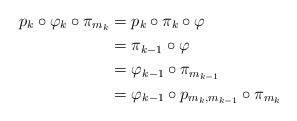
\begin{align*}p_{k}\circ\varphi_{k}\circ\pi_{m_{k}} & =p_{k}\circ\pi_{k}\circ\varphi\\ & =\pi_{k-1}\circ\varphi\\ & =\varphi_{k-1}\circ\pi_{m_{k-1}}\\ & =\varphi_{k-1}\circ p_{m_{k},m_{k-1}}\circ\pi_{m_{k}}\end{align*}